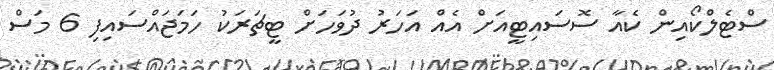
ސްޓެލްކޯއިން ކެއާ ސޮސައިޓީއަށް އެއް އަހަރު ދުވަހަށް ޓީޗަރަކު ހަމަޖައްސައިފި 6 މަސް